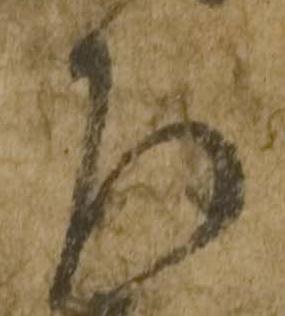
左